King Institute of Preventive Medicine Bacteriolog. Section reports 1907-08
Year: 1907
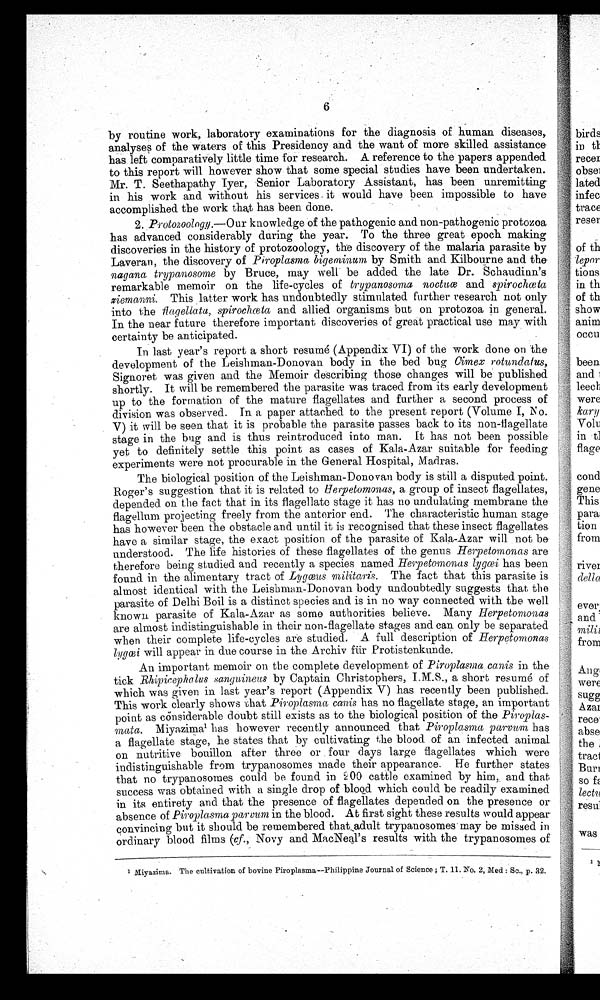
6
by routine work, laboratory examinations for the diagnosis of human diseases,
analyses of the waters of this Presidency and the want of more skilled assistance.
has left comparatively little time for research. A reference to the papers appended
to this report will however show that some special studies have been undertaken.
Mr. T. Seethapathy Iyer, Senior Laboratory Assistant, has been unremitting
in his work and without his services it would have been impossible to have-
accomplished the work that has been done.
2. Protozoology.—Our knowledge of the pathogenic and non-pathogenic protozoa
has advanced considerably during the year. To the three great epoch making
discoveries in the history of protozoology, the discovery of the malaria parasite by
Laveran, the discovery of Piroplasma, bigeminum, by Smith and Kilbourne and the.
nagana typanosome by Bruce, may well be added the late Dr. Schaudinn's
remarkable memoir on the life-cycles of trypanosoma and spirochœta
ziemanni. This latter work has undoubtedly stimulated further research not only
into the flagellata, spirochœta and allied organisms but on protozoa in general.
In the near future therefore important discoveries of great practical use may with
certainty be anticipated.
In last year's report a short resume (Appendix VI) of the work clone on the
development of the Leishman-Donovan body in the bed bug Cimex rotundatus,
Signoret was given and the Memoir describing those changes will be published
shortly. It will be remembered the parasite was traced from its early development
up to the formation of the mature flagellates and further a second process of
division was observed. In a paper attached to the present report (Volume I, No.
V) it will be seen that it is probable the parasite passes back to its non-flagellate
stage in the bug and is thus reintroduced into man. It has not been possible
yet to definitely settle this point as cases of Kala-Azar suitable for feeding
experiments were not procurable in the General Hospital, Madras.
The biological position of the Leishman-Donovan body is still a disputed point.
Rogor's suggestion that it is related to Herpetomonas, a group of insect flagellates,
depended. on the fact that in its flagellate stage it has no undulating membrane the
flagellum projecting freely from the anterior end. The characteristic human stage
has however been the obstacle and until it is recognised that these insect flagellates.
have a similar stage, the exact position of the parasite of Kala-Azar will not be
understood. The life histories of these flagellates of the genus Herpetomonas are
therefore being studied and recently a species named Herpetomonas lygœi has been
found in the alimentary tract of Lygœus militaris. The fact that this parasite is.
almost identical with the Leishman.-Donovan body undoubtedly suggests that the
parasite of Delhi Boil is a distinct species and is in no way connected with the well
known parasite of Kala-Azar as some authorities believe. Many Herpetomonas
are almost indistinguishable in their non-flagellate stages and can only be separated
when their complete life-cycles are studied. A. full description of Herpetomonas
lygœi will appear in due course in the Archiv für Protistenkunde.
An important memoir on the complete development of Piroplasma canis in the
tick Rhipicephalus sanguineus by Captain Christophers, I.M.S., a short resume of
which was given in last year's report (Appendix V) has recently been published.
This work clearly shows that Piroplasma earls has no flagellate stage, an important
point as considerable doubt still exists as to the biological position of the Piroplas-
mata. Miyazimal has however recently announced that Piroplasma parvum, has
a flagellate stage, he states that by cultivating the blood of an infected animal.
on nutritive bouillon after three or . four days large flagellates which were
indistinguishable from trypanosomes made their appearance. He further states.
that no trypanosomes could be found in 2 00 cattle examined by him,. and that
success was obtained with a single drop of blood which could be readily examined
in its entirety and that the presence of flagellates depended on the presence or.
absence of Piroplasma parcum in the blood. At first sight these results would appear
convincing but it should be remembered thatadult trypanosomes' may be missed in
ordi nary bl ood fi l ms (cf. . , Novy and MacNeal ' s resul t s wi t h t he t rypanosomes of
I Miyazima. The cultivation of bovine Piroplasma--Philippine Journal of Science ; T. 11. No. 2, Died : Sc., p. 32.